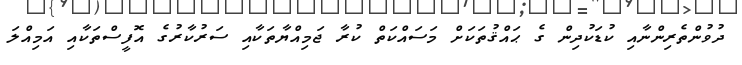
ދުވުންތެރިންނާއި ކުޑަކުދިން ގެ ޙައްޤުތަކަށް މަސައްކަތް ކުރާ ޖަމިއްޔާތަކާއި ސަރުކާރުގެ އޮފީސްތަކާއި އަމިއްލަ